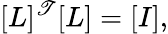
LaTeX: [L]^{\mathscr{T}}[L]=[I],